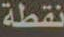
نقطة